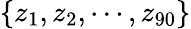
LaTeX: \{ z_{1},z_{2},\cdots,z_{90}\}